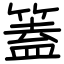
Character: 篕